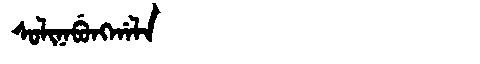
Manchu: ᠰᠣᠯᡳᠨᠠᠪᡠᠩᡤᠠᠯᠠ
Romanization: SOLINABUNGGALA